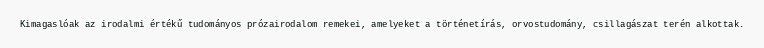
Kimagaslóak az irodalmi értékű tudományos prózairodalom remekei, amelyeket a történetírás, orvostudomány, csillagászat terén alkottak.